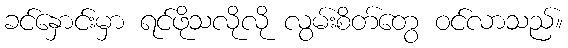
ခင်နှောင်းမှာ ရင်ဖိုသလိုလို လွမ်းစိတ်တွေ ဝင်လာသည်။